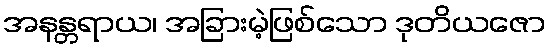
အနန္တရာယ၊ အခြားမဲ့ဖြစ်သော ဒုတိယဇော